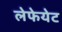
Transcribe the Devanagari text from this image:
लेफेयेट